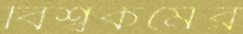
বিশ্বকর্মের